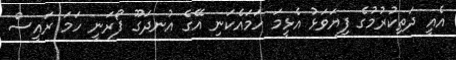
އެއީ ދަތިކުރުމުގެ ފިޔަވަޅު އެޅީމަ ހަމައެކަނި އޭގެ އުނދަގޫ ފޯރަނީ ހަމަ ރައީސް